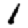
Digit: 1